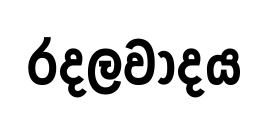
රදලවාදය